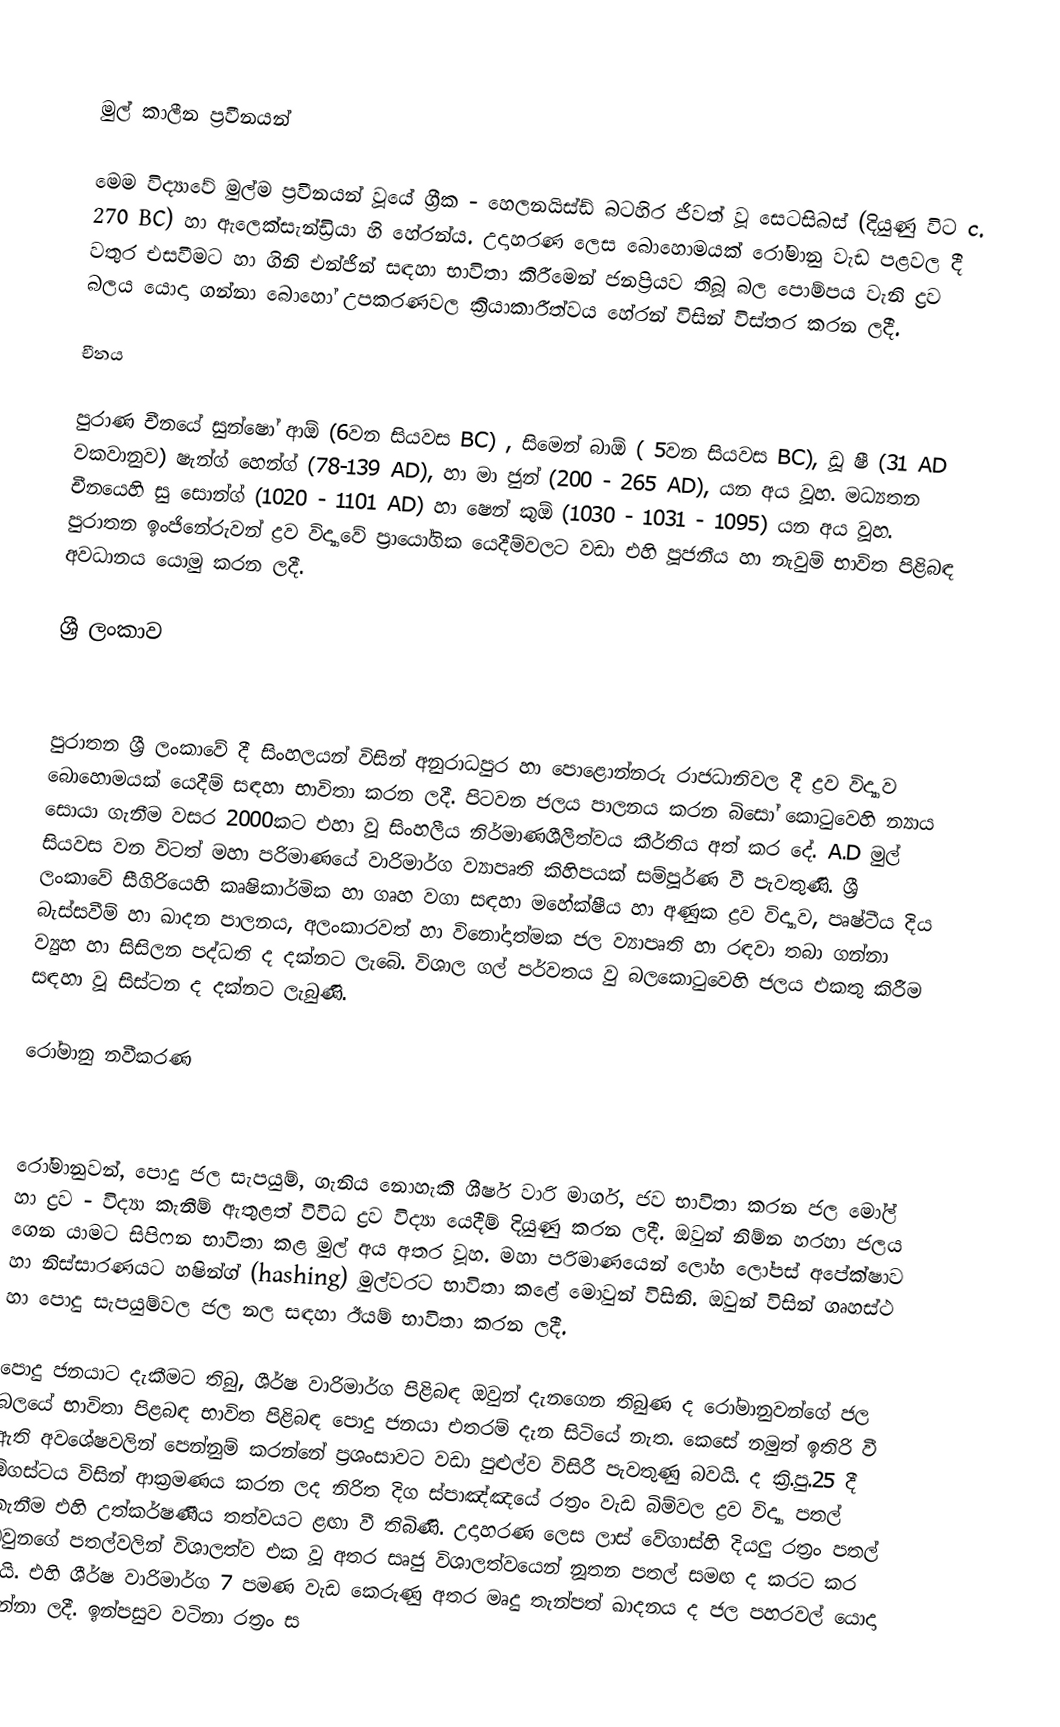

මුල් කාලීන ප්‍රවීනයන්

මෙම විද්‍යාවේ මුල්ම ප්‍රවීනයන් වූයේ ග්‍රීක - හෙලනයිස්ඩ් බටහිර ජිවත් වූ සෙටසිබස් (දියුණු විට c. 270 BC) හා ඇලෙක්සැන්ඩ්‍රියා හි ‍හේරන්ය. උදාහරණ ලෙස ‍බොහොමයක් රෝමානු වැඩ පළවල දී වතුර එසවීමට හා ගිනි එන්ජින් සඳහා භාවිතා කිරීමෙන් ජනප්‍රියව තිබූ බල පොම්පය වැනි ද්‍රව බලය යොදා ගන්නා බොහෝ උපකරණවල ක්‍රියාකාරීත්වය හේරන් විසින් විස්තර කරන ලදී.

චීනය

පුරාණ චීනයේ සුන්ෂෝ ආඕ (6වන සියවස BC) , සිමෙන් බාඕ ( 5වන සියවස BC), ඩූ ෂී (31 AD වකවානුව) ෂැන්ග් හෙන්ග් (78-139 AD), හා මා ජුන් (200 - 265 AD), යන අය වූහ. මධ්‍යතන චීනයෙහි සු සොන්ග් (1020 - 1101 AD) හා ෂෙන් කුඕ (1030 - 1031 - 1095) යන අය වූහ. පුරාතන ඉංජිනේරුවන් ද්‍රව විද්‍යාවේ ප්‍රායෝගික යෙදීම්වලට වඩා එහි පූජනීය හා නැවුම් භාවිත පිළිබඳ අවධානය යොමු කරන ලදී.

ශ්‍රී ලංකාව

පුරාතන ශ්‍රී ලංක‍ාවේ දී සිංහලයන් විසින් අනුරාධපුර හා පොළොන්නරු රාජධානිවල දී ද්‍රව විද්‍යාව බොහොමයක් යෙදීම් සඳහා භාවිතා කරන ලදී. පිටවන ජලය පාලනය කරන බිසෝ කොටුවෙහි න්‍යාය සොයා ගැනීම වසර 2000කට එහා වූ  සිංහලීය නිර්මාණශීලීත්වය කීර්තිය අත් කර දේ. A.D මුල් සියවස වන විටත් මහා පරිමාණයේ වාරිමාර්ග ව්‍යාපෘති කිහිපයක් සම්පූර්ණ වී පැවතුණි. ශ්‍රී ලංකාවේ සීගිරියෙහි කෘෂිකාර්මික හා ගෘහ වගා සඳහා මහේක්ෂීය හා අණුක ද්‍රව විද්‍යාව, පෘෂ්ටීය දිය බැස්සවීම් හා ඛාදන පාලනය, අලංකාරවත් හා විනෝදාත්මක ජල ව්‍යාපෘති හා රඳවා තබා ගන්නා ව්‍යුහ හා සිසිලන පද්ධති ද දක්නට ලැබේ. විශාල ගල් පර්වතය වු බල‍කොටුවෙහි ජලය එකතු කිරීම සඳහා වූ සිස්ටන ද දක්නට ලැබුණි.

රෝමානු නවීකරණ

රෝමානුවන්, පොදු ජල සැපයුම්, ගැනිය නොහැකි ශීර්ෂ වාරි මාර්ග, ජව භාවිතා කරන ජල මෝල් හා ද්‍රව - විද්‍යා කැනීම් ඇතුළත් විවිධ ද්‍රව විද්‍යා යෙදීම් දියුණු කරන ලදී. ඔවුන් නිම්න හරහා ජලය ගෙන යාමට සිපිෆන භාවිතා කළ මුල් අය අතර වූහ. මහා පරිමාණයෙන් ලෝහ ලෝපස් අපේක්ෂාව හා නිස්සාරණයට හෂින්ග් (hashing) මුල්වරට භාවිතා කළේ මොවුන් විසිනි. ඔවුන් විසින් ගෘහස්ථ හා පොදු සැපයුම්වල ජල නල සඳහා ඊයම් භාවිතා කරන ලදී.

පොදු ජනයාට දැකීමට තිබු, ශීර්ෂ වාරිමාර්ග පිළිබඳ ඔවුන් දැනගෙන තිබුණ ද රෝමානුවන්ගේ ජල බලයේ භාවිතා පිළබඳ භාවිත පිළිබඳ පොදු ජනයා එතරම් දැන සිටියේ නැත. කෙසේ නමුත් ඉතිරි වී ඇති අවශේෂවලින් පෙන්නුම් කරන්නේ ප්‍රශංසාවට වඩා පුළුල්ව විසිරී පැවතුණු බවයි. ද ක්‍රි.පු.25  දී ඕගස්ටය විසින් ආක්‍රමණය කරන ලද නිරිත දිග ස්පාඤ්ඤයේ රත්‍රං වැඩ බිම්වල ද්‍රව විද්‍යා පතල් කැනීම එහි උත්කර්ෂණීය තත්වයට ළඟා වී තිබිණි. උදාහරණ ලෙස ලාස් වේගාස්හි දියලු රත්‍රං පතල් ඔවුනගේ පතල්වලින් විශාලත්ව එක වූ අතර සෘජු විශාලත්වයෙන් නූතන පතල් සමඟ ද කරට කර යයි. එහි ශීර්ෂ වාරිමාර්ග 7 පමණ වැඩ කෙ‍රුණු අතර මෘදු තැන්පත් ඛාදනය ද ජල පහරවල් යොදා ගන්නා ලදී. ඉන්පසුව වටිනා රත්‍රං ස